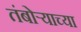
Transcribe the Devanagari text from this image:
तंबोर्‍याच्या